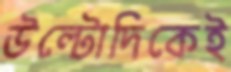
উল্টোদিকেই